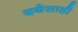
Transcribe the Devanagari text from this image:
दयेसाठी